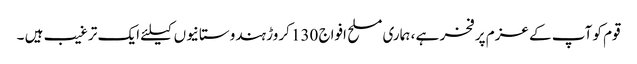
قوم کو آپ کے عزم پر فخر ہے ، ہماری مسلح افواج 130 کروڑ ہندوستانیوں کیلئے ایک ترغیب ہیں ۔